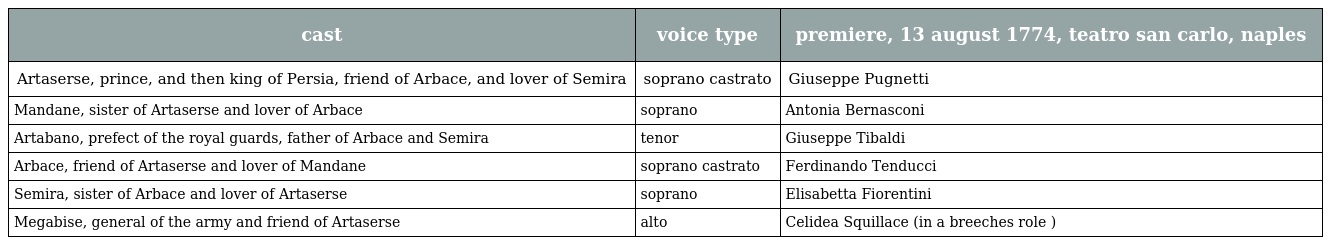
| cast | voice type | premiere, 13 august 1774, teatro san carlo, naples |
 | --- | --- | --- |
 | Artaserse, prince, and then king of Persia, friend of Arbace, and lover of Semira | soprano castrato | Giuseppe Pugnetti |
 | Mandane, sister of Artaserse and lover of Arbace | soprano | Antonia Bernasconi |
 | Artabano, prefect of the royal guards, father of Arbace and Semira | tenor | Giuseppe Tibaldi |
 | Arbace, friend of Artaserse and lover of Mandane | soprano castrato | Ferdinando Tenducci |
 | Semira, sister of Arbace and lover of Artaserse | soprano | Elisabetta Fiorentini |
 | Megabise, general of the army and friend of Artaserse | alto | Celidea Squillace (in a breeches role ) |